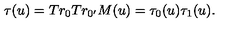
\tau ( u ) = T r _ { 0 } T r _ { 0 ^ { \prime } } M ( u ) = \tau _ { 0 } ( u ) \tau _ { 1 } ( u ) .